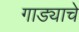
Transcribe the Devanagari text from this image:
गाड्याचे